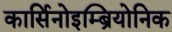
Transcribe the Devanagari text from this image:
कार्सिनोइम्ब्रियोनिक